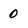
Character: 0